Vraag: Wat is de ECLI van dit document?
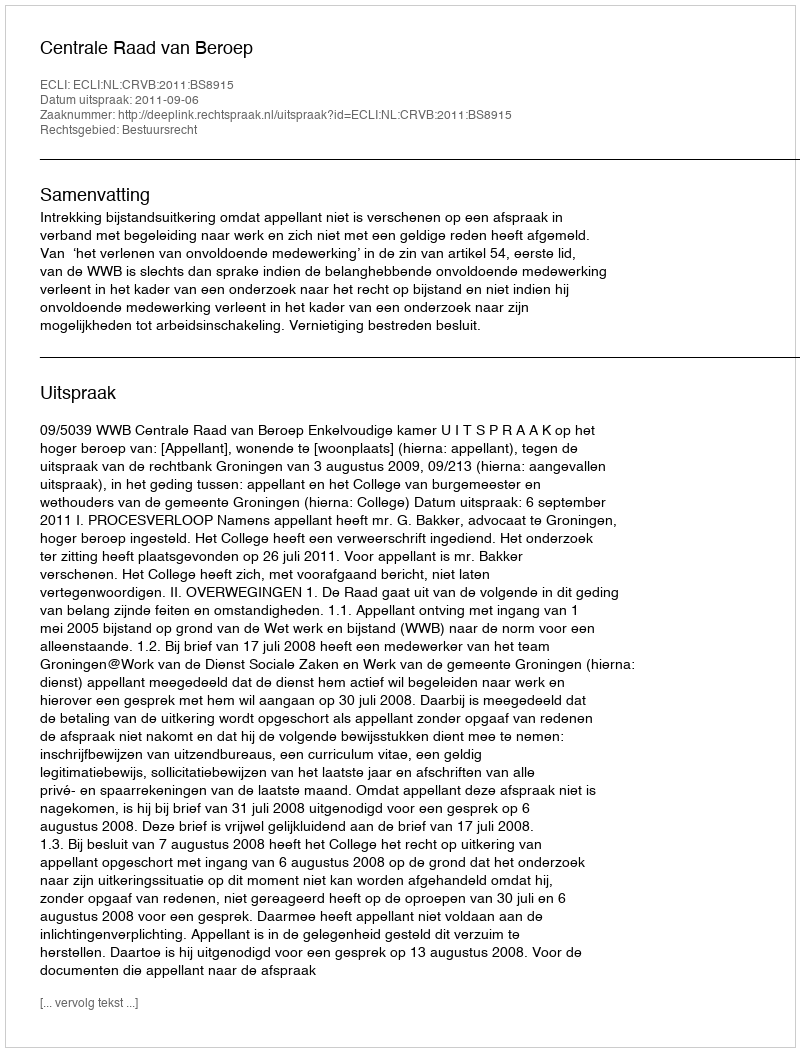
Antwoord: ECLI:NL:CRVB:2011:BS8915